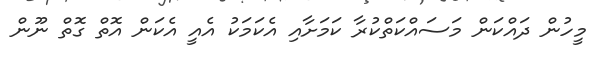
މީހުން ދައްކަން މަސައްކަތްކުރާ ކަމަށާއި އެކަމަކު އެއީ އެކަން އޮތް ގޮތް ނޫން